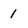
Character: 1